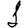
Digit: 1